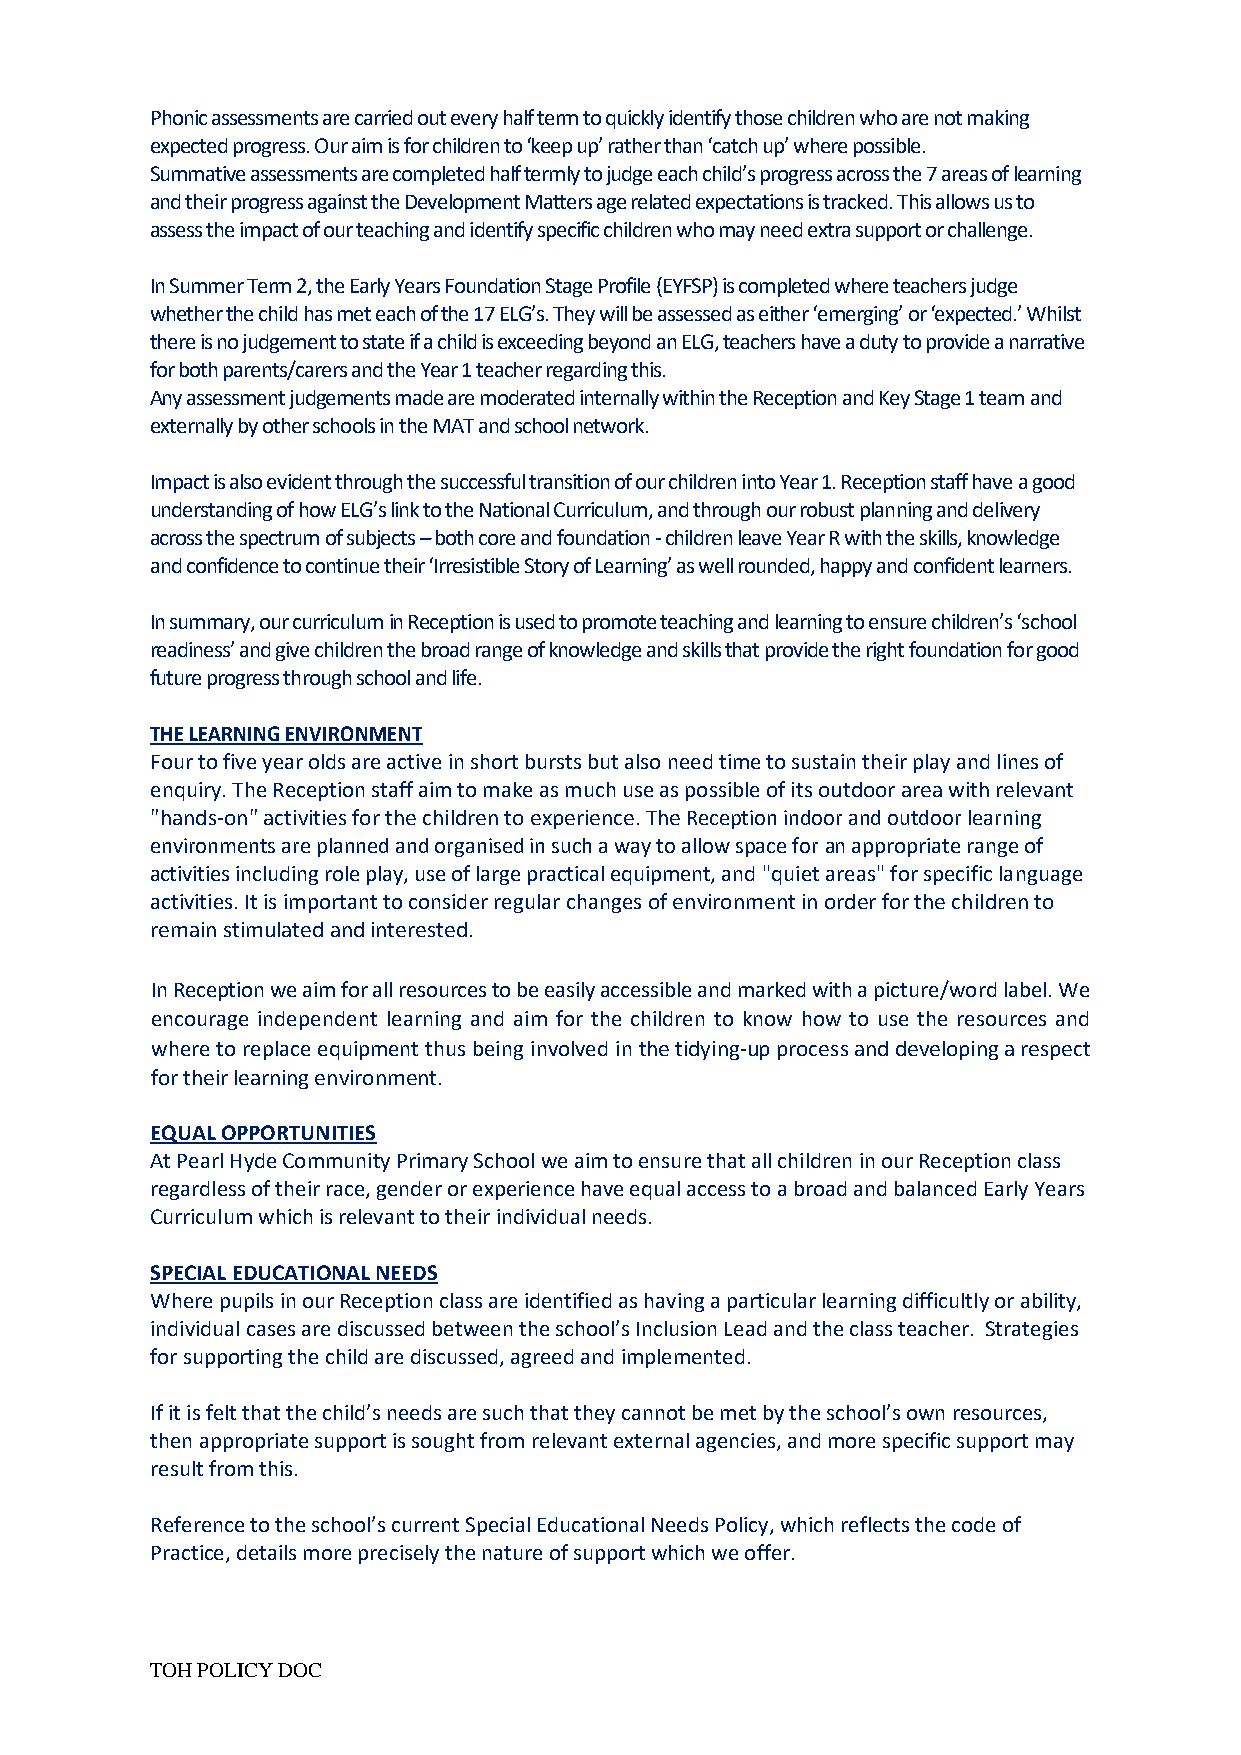
Phonic assessments are carried out every half term to quickly identify those children who are not making
 expected progress. Our aim is for children to ‘keep up’ rather than ‘catch up’ where possible.
 Summative assessments are completed half termly to judge each child’s progress across the 7 areas of learning
 and their progress against the Development Matters age related expectations is tracked. This allows us to
 assess the impact of our teaching and identify specific children who may need extra support or challenge.
 In Summer Term 2, the Early Years Foundation Stage Profile (EYFSP) is completed where teachers judge
 whether the child has met each of the 17 ELG’s. They will be assessed as either ‘emerging’ or ‘expected.’ Whilst
 there is no judgement to state if a child is exceeding beyond an ELG, teachers have a duty to provide a narrative
 for both parents/carers and the Year 1 teacher regarding this.
 Any assessment judgements made are moderated internally within the Reception and Key Stage 1 team and
 externally by other schools in the MAT and school network.
 Impact is also evident through the successful transition of our children into Year 1. Reception staff have a good
 understanding of how ELG’s link to the National Curriculum, and through our robust planning and delivery
 across the spectrum of subjects – both core and foundation - children leave Year R with the skills, knowledge
 and confidence to continue their ‘Irresistible Story of Learning’ as well rounded, happy and confident learners.
 In summary, our curriculum in Reception is used to promote teaching and learning to ensure children’s ‘school
 readiness’ and give children the broad range of knowledge and skills that provide the right foundation for good
 future progress through school and life.
 THE LEARNING ENVIRONMENT
 Four to five year olds are active in short bursts but also need time to sustain their play and lines of
 enquiry. The Reception staff aim to make as much use as possible of its outdoor area with relevant
 "hands-on" activities for the children to experience. The Reception indoor and outdoor learning
 environments are planned and organised in such a way to allow space for an appropriate range of
 activities including role play, use of large practical equipment, and "quiet areas" for specific language
 activities. It is important to consider regular changes of environment in order for the children to
 remain stimulated and interested.
 In Reception we aim for all resources to be easily accessible and marked with a picture/word label. We
 encourage independent learning and aim for the children to know how to use the resources and
 where to replace equipment thus being involved in the tidying-up process and developing a respect
 for their learning environment.
 EQUAL OPPORTUNITIES
 At Pearl Hyde Community Primary School we aim to ensure that all children in our Reception class
 regardless of their race, gender or experience have equal access to a broad and balanced Early Years
 Curriculum which is relevant to their individual needs.
 SPECIAL EDUCATIONAL NEEDS
 Where pupils in our Reception class are identified as having a particular learning difficultly or ability,
 individual cases are discussed between the school’s Inclusion Lead and the class teacher. Strategies
 for supporting the child are discussed, agreed and implemented.
 If it is felt that the child’s needs are such that they cannot be met by the school’s own resources,
 then appropriate support is sought from relevant external agencies, and more specific support may
 result from this.
 Reference to the school’s current Special Educational Needs Policy, which reflects the code of
 Practice, details more precisely the nature of support which we offer.
 TOH POLICY DOC